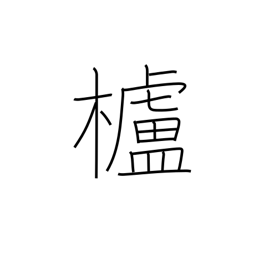
Meaning: wax tree